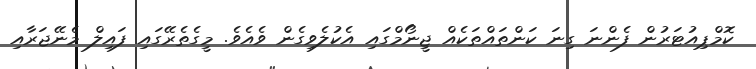
ކޮމްޕިއުޓަރުން ފެންނަ ގިނަ ކަންތައްތަކެއް ޖީނޯމްގައި އެކުލެވިގެން ވެއެވެ. މީގެތެރޭގައި ފައިލް މެނޭޖަރާއި